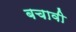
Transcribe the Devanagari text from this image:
बचावी